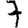
Digit: 7